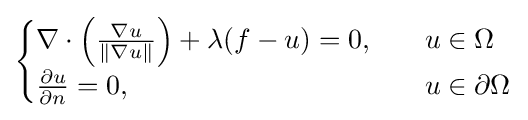
{\begin{cases}\nabla \cdot \left({\nabla u \over {\|\nabla u\|}}\right)+\lambda (f-u)=0,\quad &u\in \Omega \\{\partial u \over {\partial n}}=0,\quad &u\in \partial \Omega \end{cases}}